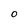
Character: o